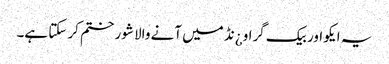
یہ ایکو اور بیک گراو¿نڈ میں آنے والا شور ختم کر سکتا ہے۔